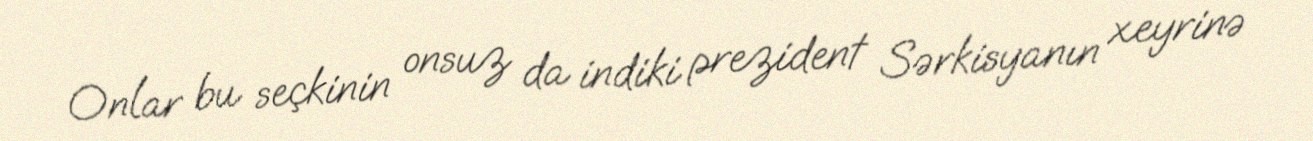
Onlar bu seçkinin onsuz da indiki prezident Sərkisyanın xeyrinə